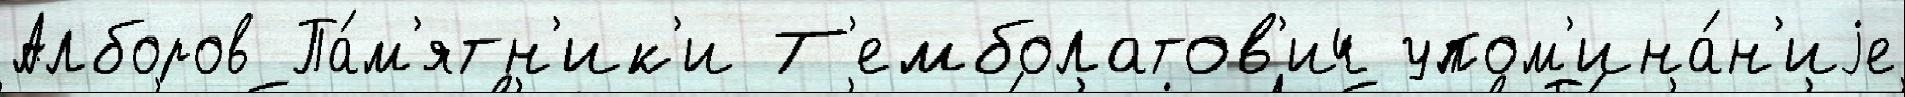
Алборов Па́м'ятн'ик'и Т'емболатов'ич упом'ина́н'иjе